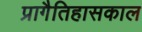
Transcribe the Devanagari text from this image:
प्रागैतिहासकाल